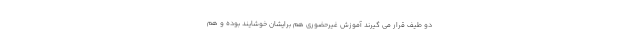
دو طیف قرار می گیرند آموزش غیرحضوری هم برایشان خوشایند بوده و هم